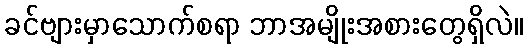
ခင်ဗျားမှာသောက်စရာ ဘာအမျိုးအစားတွေရှိလဲ။